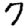
Digit: 7